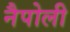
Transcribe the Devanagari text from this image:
नैपोली